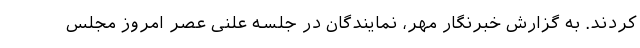
کردند. به گزارش خبرنگار مهر، نمایندگان در جلسه علنی عصر امروز مجلس